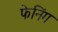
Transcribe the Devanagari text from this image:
फेनिंग